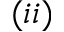
( i i )